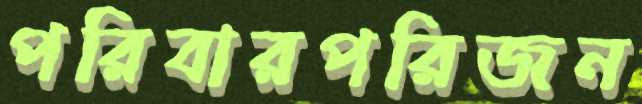
পরিবারপরিজন